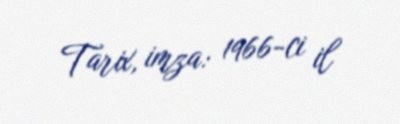
Tarix, imza: 1966-ci il